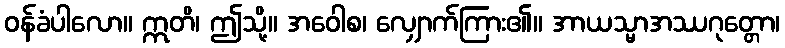
ဝန်ခံပါလော။ ဣတိ၊ ဤသို့။ အဝေါစ၊ လျှောက်ကြား၏။ အာယသ္မာအဿဂုတ္တော၊